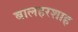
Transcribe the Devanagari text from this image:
बालहरशाह